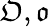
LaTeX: {\mathfrak{O}},{\mathfrak{o}}